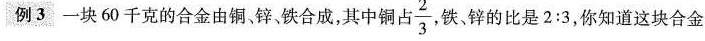
例3一块60千克的合金由铜，锌，铁合成，其中铜占 $$\frac{2}{3}$$ 铁。锌的比是2:3，你知道这块合金